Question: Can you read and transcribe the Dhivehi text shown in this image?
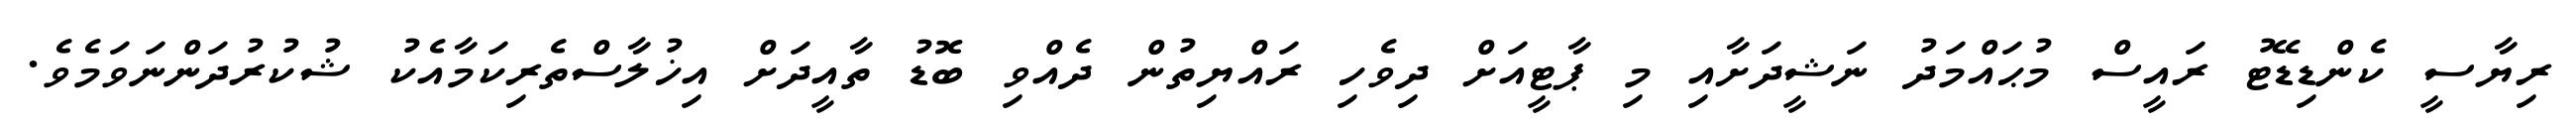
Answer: ރިޔާސީ ކެންޑިޑޭޓު ރައީސް މުޙައްމަދު ނަޝީދަށާއި މި ޕާޓީއަށް ދިވެހި ރައްޔިތުން ދެއްވި ބޮޑު ތާއީދަށް އިޚުލާސްތެރިކަމާއެކު ޝުކުރުދަންނަވަމެވެ.